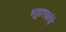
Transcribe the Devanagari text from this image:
भट्टारकांचे